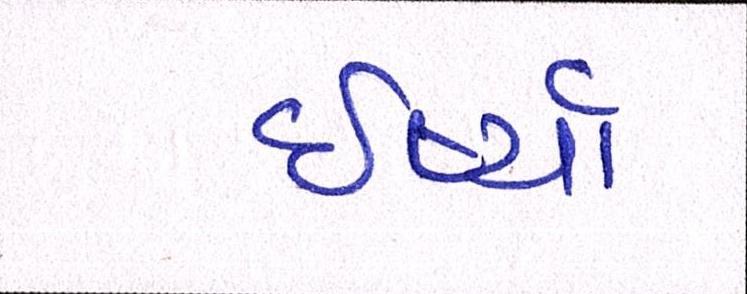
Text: ઈર્ષ્યા